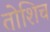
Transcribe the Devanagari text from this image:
तोशिच